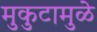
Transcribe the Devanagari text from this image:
मुकुटामुळे